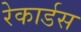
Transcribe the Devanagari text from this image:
रेकार्डस